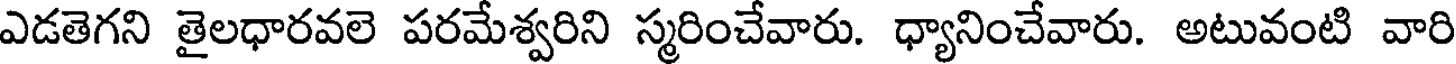
ఎడతెగని తైలధారవలె పరమేశ్వరిని స్మరించేవారు. ధ్యానించేవారు. అటువంటి వారి